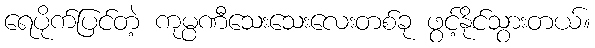
ရေပိုက်ပြင်တဲ့ ကုမ္ပဏီသေးသေးလေးတစ်ခု ဖွင့်နိုင်သွားတယ်။